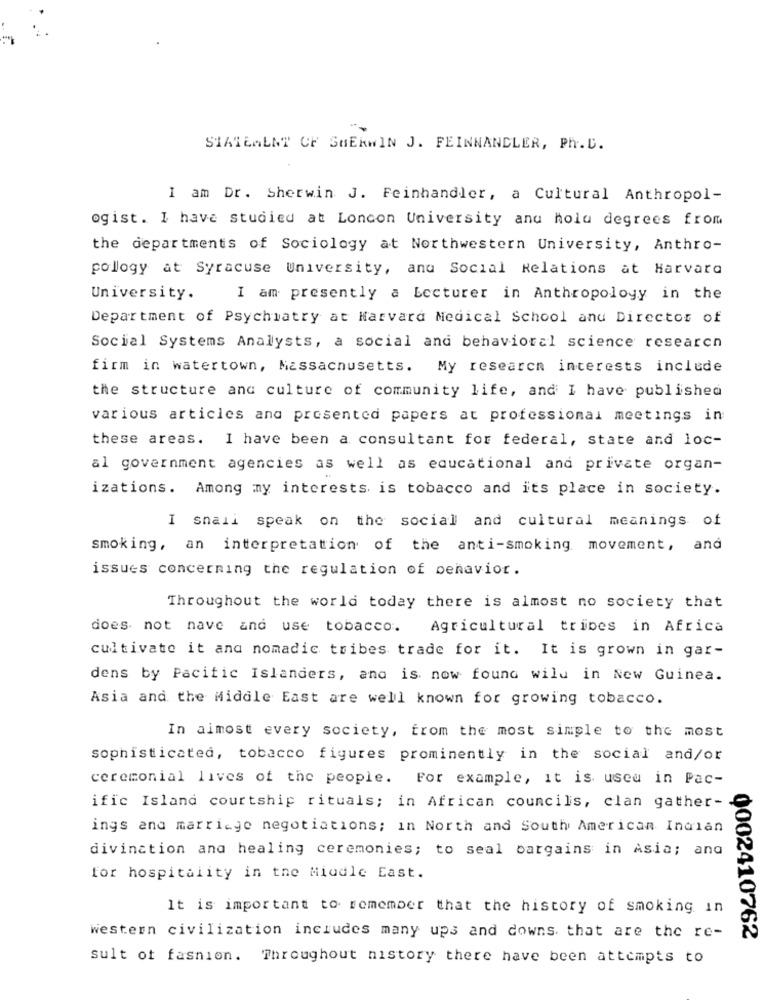
STATEALNY CF SHERWIN J. FEINNANDLER, Ph. D.
I am Dr. Sherwin J. Feinhandler, a Cultural Anthropol-
ogist. I have studied at Loncon University anu holu degrees from
the departments of Sociology at Northwestern University, Anthro-
pollogy at Syracuse University, and Social Relations at Harvard
University.
I am presently a Lecturer in Anthropology in the
Department of Psychiatry at Harvard Medical School and Director of
Social Systems Analysts, a social and behavioral science research
firm in watertown, Massachusetts. My research interests include
the structure and culture of community life, and I have published
various articles and presented papers at professional meetings in
these areas. I have been a consultant for federal, state and loc-
al government agencies as well as educational and private organ-
izations. Among my interests is tobacco and its place in society.
I snail speak on the social and cultural meanings of
smoking, an interpretation of the anti-smoking movement, and
issues concerning the regulation of behavior.
Throughout the world today there is almost no society that
does not nave and use tobacco.
Agricultural tribes in Africa
cultivate it and nomadic tribes trade for it. It is grown in gar-
dens by Pacific Islanders, and is now found wilu in New Guinea.
Asia and the Middle East are well known for growing tobacco.
In almost every society, from the most simple to the most
sophisticated, tobacco figures prominently in the social and/or
ceremonial lives of the people. For example, it is used in Pac-
ific Island courtship rituals; in African councils, clan gather-
ings and marriage negotiations; in North and South American Indian
divination and healing ceremonies; to seal bargains in Asia; and
for hospitality in the Middle East.
It is important to remember that the history of smoking in
western civilization includes many ups and downs that are the re-
0002410762
sult of fasnion. Throughout history there have been attempts to